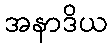
အနာဒိယ